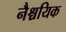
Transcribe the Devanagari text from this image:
नैश्चयिक